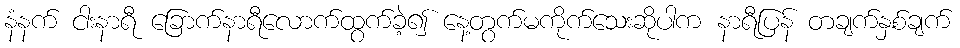
နံနက် ငါးနာရီ ခြောက်နာရီလောက်ထွက်ခဲ့၍ နေ့တွက်မကိုက်သေးဆိုပါက နာရီပြန် တချက်နှစ်ချက်